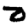
Digit: 2